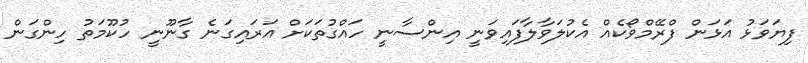
ފިޔަވަޅު އަޅަން ފްރޭމްވޯކެއް އެކުލަވާލާފައިވަނީ އިންސާނީ ހައްގުތަކަށް އަރައިގަނެ ގާނޫނީ ހުކޫމަތު ހިންގަން